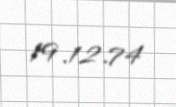
19.12.74